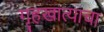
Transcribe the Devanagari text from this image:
गृहखात्याचा